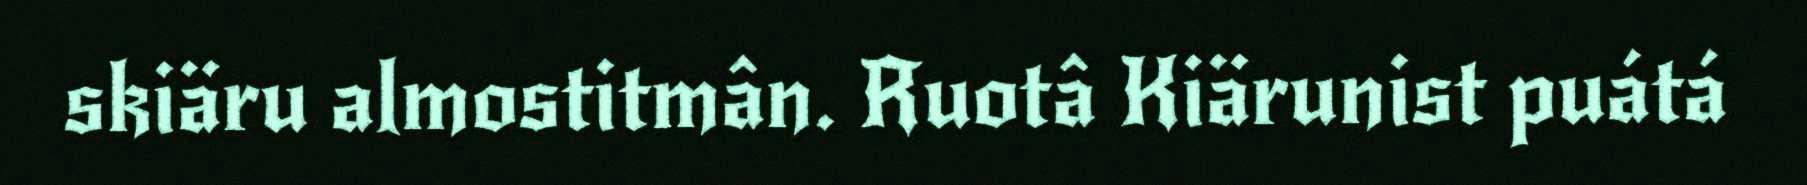
skiäru almostitmân. Ruotâ Kiärunist puátá